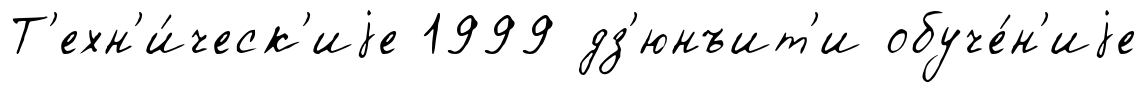
Т'ехн'и́ческ'иjе 1999 дз'юнъит'и обуче́н'иjе